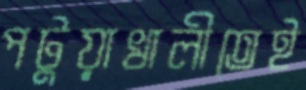
পটুয়াখালীতেই